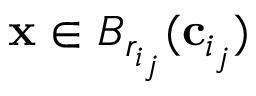
\mathbf { x } \in B _ { r _ { i _ { j } } } ( \mathbf { c } _ { i _ { j } } )